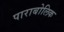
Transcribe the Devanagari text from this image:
पाराबोलिक